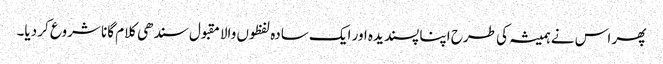
پھر اس نے ہمیشہ کی طرح اپنا پسندیدہ اور ایک سادہ لفظوں والا مقبول سندھی کلام گانا شروع کر دیا۔